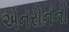
એનરોનનો